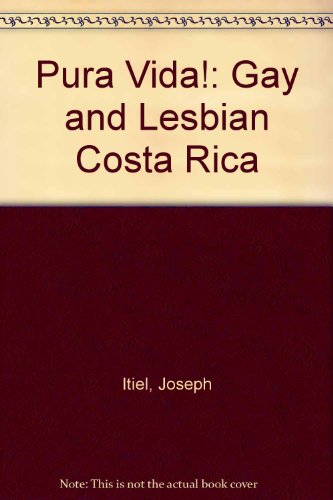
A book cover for Pura Vida!: Gay and Lesbian Costa Rica; Joseph Itiel; Gay & Lesbian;